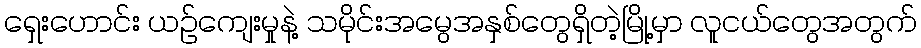
ရှေးဟောင်း ယဉ်ကျေးမှုနဲ့ သမိုင်းအမွေအနှစ်တွေရှိတဲ့မြို့မှာ လူငယ်တွေအတွက်